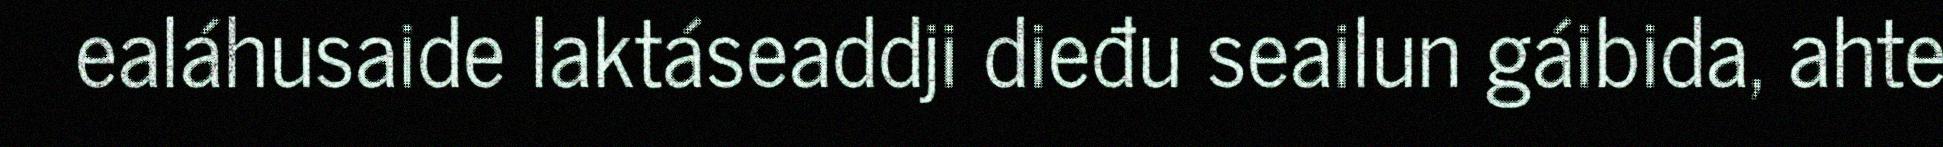
ealáhusaide laktáseaddji dieđu seailun gáibida, ahte